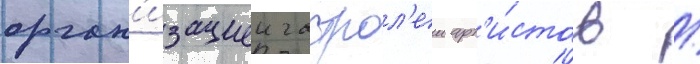
орган'изациеи гастрол'еи арт'и́стов /